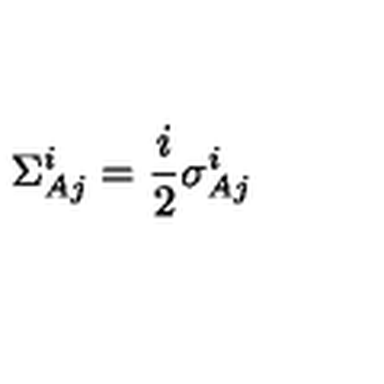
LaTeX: \Sigma _ { A j } ^ { i } = \frac { i } { 2 } \sigma _ { A j } ^ { i }